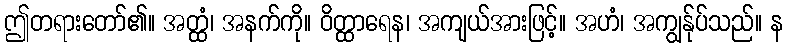
ဤတရားတော်၏။ အတ္ထံ၊ အနက်ကို။ ဝိတ္ထာရေန၊ အကျယ်အားဖြင့်။ အဟံ၊ အကျွန်ုပ်သည်။ န